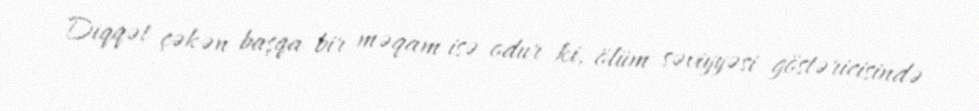
Diqqət çəkən başqa bir məqam isə odur ki, ölüm səviyyəsi göstəricisində